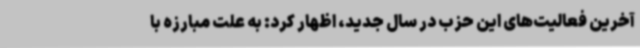
آخرین فعالیت‌های این حزب در سال جدید، اظهار کرد: به علت مبارزه با